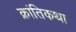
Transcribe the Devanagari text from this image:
क्रांतिकथा